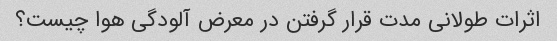
اثرات طولانی مدت قرار گرفتن در معرض آلودگی هوا چیست؟